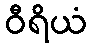
ဝီရိယံ